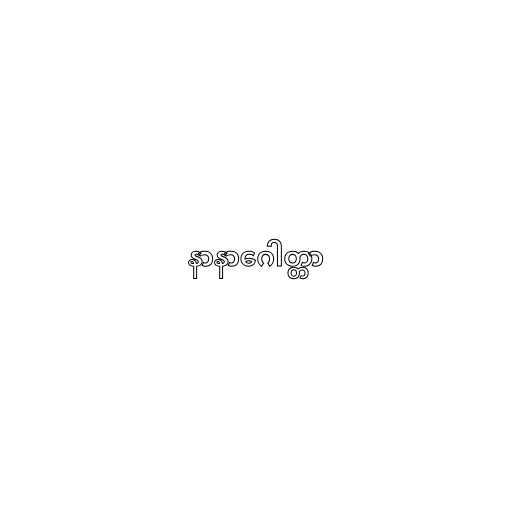
နာနာဂေါတ္တာ